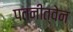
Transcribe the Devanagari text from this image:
पतनीत्वेन